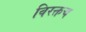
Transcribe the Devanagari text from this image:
विरक्तच